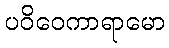
ပဝိဝေကာရာမော